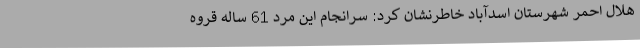
هلال احمر شهرستان اسدآباد خاطرنشان کرد: سرانجام این مرد 61 ساله قروه